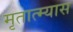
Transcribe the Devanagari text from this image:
मृतात्म्यास